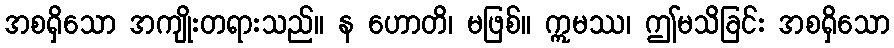
အစရှိသော အကျိုးတရားသည်။ န ဟောတိ၊ မဖြစ်။ ဣမဿ၊ ဤမသိခြင်း အစရှိသော